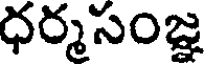
ధర్మసంజ్ఞ